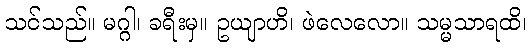
သင်သည်။ မဂ္ဂါ၊ ခရီးမှ။ ဥယျာဟိ၊ ဖဲလေလော။ သမ္မသာရထိ၊